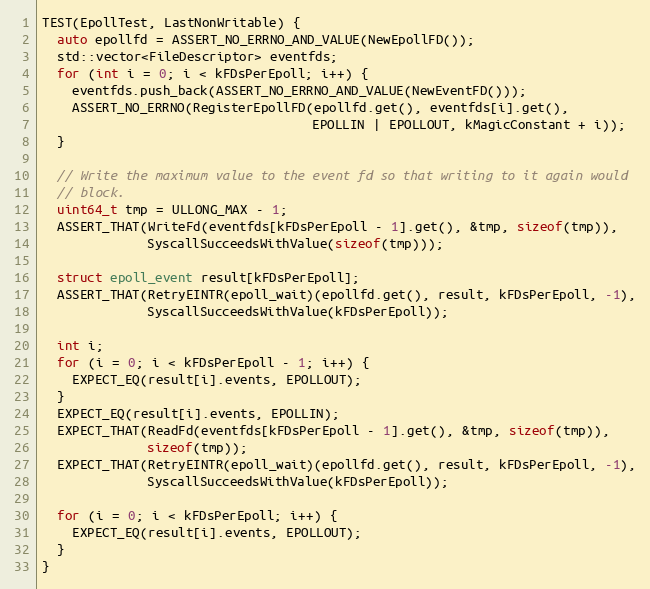
Language: C++
TEST(EpollTest, LastNonWritable) {
  auto epollfd = ASSERT_NO_ERRNO_AND_VALUE(NewEpollFD());
  std::vector<FileDescriptor> eventfds;
  for (int i = 0; i < kFDsPerEpoll; i++) {
    eventfds.push_back(ASSERT_NO_ERRNO_AND_VALUE(NewEventFD()));
    ASSERT_NO_ERRNO(RegisterEpollFD(epollfd.get(), eventfds[i].get(),
                                    EPOLLIN | EPOLLOUT, kMagicConstant + i));
  }

  // Write the maximum value to the event fd so that writing to it again would
  // block.
  uint64_t tmp = ULLONG_MAX - 1;
  ASSERT_THAT(WriteFd(eventfds[kFDsPerEpoll - 1].get(), &tmp, sizeof(tmp)),
              SyscallSucceedsWithValue(sizeof(tmp)));

  struct epoll_event result[kFDsPerEpoll];
  ASSERT_THAT(RetryEINTR(epoll_wait)(epollfd.get(), result, kFDsPerEpoll, -1),
              SyscallSucceedsWithValue(kFDsPerEpoll));

  int i;
  for (i = 0; i < kFDsPerEpoll - 1; i++) {
    EXPECT_EQ(result[i].events, EPOLLOUT);
  }
  EXPECT_EQ(result[i].events, EPOLLIN);
  EXPECT_THAT(ReadFd(eventfds[kFDsPerEpoll - 1].get(), &tmp, sizeof(tmp)),
              sizeof(tmp));
  EXPECT_THAT(RetryEINTR(epoll_wait)(epollfd.get(), result, kFDsPerEpoll, -1),
              SyscallSucceedsWithValue(kFDsPerEpoll));

  for (i = 0; i < kFDsPerEpoll; i++) {
    EXPECT_EQ(result[i].events, EPOLLOUT);
  }
}